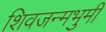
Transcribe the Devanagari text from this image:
शिवजन्मभुमी